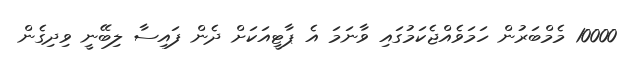
10000 މެމްބަރުން ހަމަވެއްޖެކަމުގައި ވާނަމަ އެ ޕާޓީއަކަށް ދެން ފައިސާ ލިބޭނީ ވިދިގެން